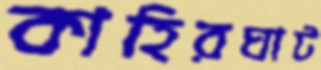
কাহিরঘাট